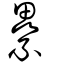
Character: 纍